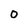
Character: 0